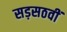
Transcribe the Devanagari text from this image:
सड़सठवीं